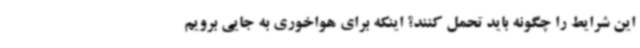
این شرایط را چگونه باید تحمل کنند؟ اینکه برای هواخوری به جایی برویم